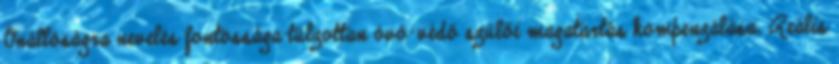
Önállóságra nevelés fontossága túlzottan óvó-védő szülői magatartás kompenzálása. Reális